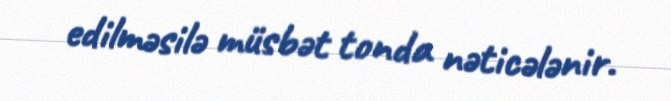
edilməsilə müsbət tonda nəticələnir.